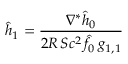
\hat { h } _ { 1 } = { \frac { \nabla ^ { * } \hat { h } _ { 0 } } { 2 R \, S c ^ { 2 } \, \hat { f } _ { 0 } \, g _ { 1 , 1 } } }